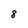
Character: 8